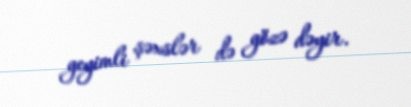
geyimli şəxslər də gözə dəyir.